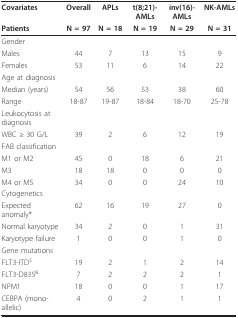
<table><thead><tr><td><b>Covariates</b></td><td><b>Overall</b></td><td><b>APLs</b></td><td><b>t(8;21)-AMLs</b></td><td><b>inv(16)-AMLs</b></td><td><b>NK-AMLs</b></td></tr><tr><td><b>Patients</b></td><td><b>N = 97</b></td><td><b>N = 18</b></td><td><b>N = 19</b></td><td><b>N = 29</b></td><td><b>N = 31</b></td></tr></thead><tbody><tr><td>Gender</td><td></td><td></td><td></td><td></td><td></td></tr><tr><td>Males</td><td>44</td><td>7</td><td>13</td><td>15</td><td>9</td></tr><tr><td>Females</td><td>53</td><td>11</td><td>6</td><td>14</td><td>22</td></tr><tr><td>Age at diagnosis</td><td></td><td></td><td></td><td></td><td></td></tr><tr><td>Median (years)</td><td>54</td><td>56</td><td>53</td><td>38</td><td>60</td></tr><tr><td>Range</td><td>18-87</td><td>19-87</td><td>18-84</td><td>18-70</td><td>25-78</td></tr><tr><td>Leukocytosis at diagnosis</td><td></td><td></td><td></td><td></td><td></td></tr><tr><td>WBC ≥ 30 G/L</td><td>39</td><td>2</td><td>6</td><td>12</td><td>19</td></tr><tr><td>FAB classification</td><td></td><td></td><td></td><td></td><td></td></tr><tr><td>M1 or M2</td><td>45</td><td>0</td><td>18</td><td>6</td><td>21</td></tr><tr><td>M3</td><td>18</td><td>18</td><td>0</td><td>0</td><td>0</td></tr><tr><td>M4 or M5</td><td>34</td><td>0</td><td>0</td><td>24</td><td>10</td></tr><tr><td>Cytogenetics</td><td></td><td></td><td></td><td></td><td></td></tr><tr><td>Expected anomaly*</td><td>62</td><td>16</td><td>19</td><td>27</td><td>0</td></tr><tr><td>Normal karyotype</td><td>34</td><td>2</td><td>0</td><td>1</td><td>31</td></tr><tr><td>Karyotype failure</td><td>1</td><td>0</td><td>0</td><td>1</td><td>0</td></tr><tr><td>Gene mutations</td><td></td><td></td><td></td><td></td><td></td></tr><tr><td>FLT3-ITD<sup>$</sup></td><td>19</td><td>2</td><td>1</td><td>2</td><td>14</td></tr><tr><td>FLT3-D835<sup>&amp;</sup></td><td>7</td><td>2</td><td>2</td><td>2</td><td>1</td></tr><tr><td>NPM1</td><td>18</td><td>0</td><td>0</td><td>1</td><td>17</td></tr><tr><td>CEBPA (mono-allelic)</td><td>4</td><td>0</td><td>2</td><td>1</td><td>1</td></tr></tbody></table>